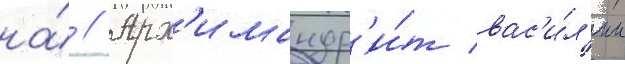
на́ // Арх'имандр'и́т вас'и́л'ии